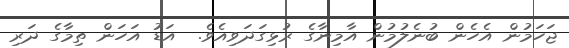
ޖަހަމުން އެހެން ބުނެލުމުން އާމިނާގެ ރުޅިގަދަވިއެވެ.  އަޑު އަހަން ތިމާގެ ދަރި